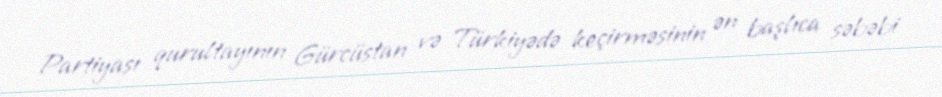
Partiyası qurultayının Gürcüstan və Türkiyədə keçirməsinin ən başlıca səbəbi